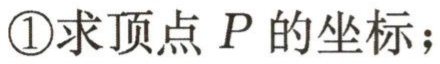
\textcircled{1}求顶点 \(P\) 的坐标；